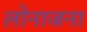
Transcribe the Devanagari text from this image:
लोनाजना